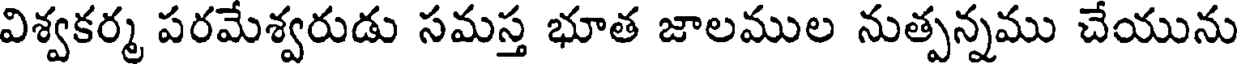
విశ్వకర్మ పరమేశ్వరుడు సమస్త భూత జాలముల నుత్పన్నము చేయును